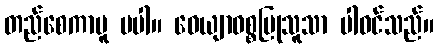
တည်စေကာမူ မပါ။ ဝေယျာဝစ္စပြုသူသာ ပါဝင်သည်။